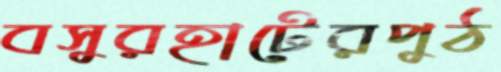
বসুরহাটেরপুঠ